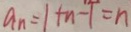
a _ { n } = 1 + n - 1 = n